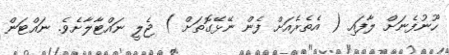
ހޫނުފެނަށް ލާފައި ( އެތެރެއަށް ފެން ނޭޅޭގޮތަށް ) ޖެލީ ނައްޓާލާށެވެ. ނައްޓަން